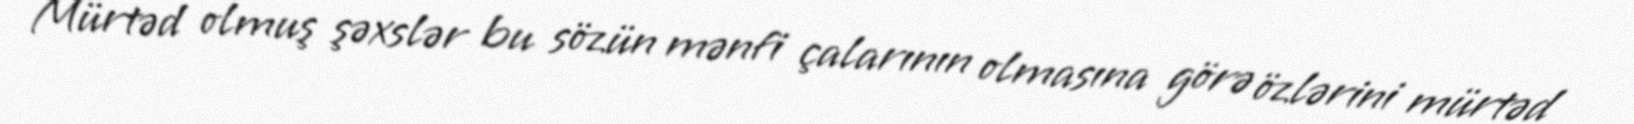
Mürtəd olmuş şəxslər bu sözün mənfi çalarının olmasına görə özlərini mürtəd